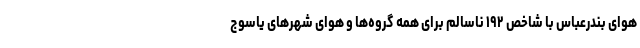
هوای بندرعباس با شاخص ۱۹۲ ناسالم برای همه گروه‌ها و هوای شهرهای یاسوج